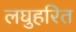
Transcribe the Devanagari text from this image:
लघुहरित